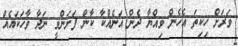
ވަރަށް ހިކިތަ އެހެން ވިއްޔާ ދެން އަނެއްކާ ކާން ފަށަންވީ ނަދާ ވާހަކައެއް